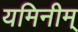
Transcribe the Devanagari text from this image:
यमिनीम्